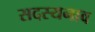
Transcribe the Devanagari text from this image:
सदस्यनाव